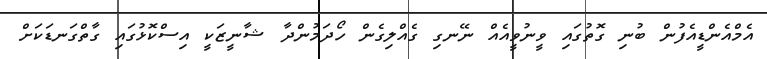
އެމްއެންޑީއެފުން ބުނި ގޮތުގައި ވީނުވީއެއް ނޭނގި ގެއްލިގެން ހޯދަމުންދާ ޝާނީޒަކީ އިސްކޮޅުގައި ގާތްގަނޑަކަށް